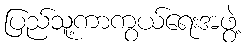
ပြည်သူ့ကာကွယ်ရေးအဖွဲ့